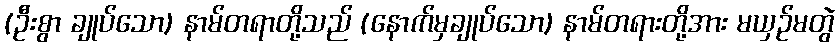
(ဦးစွာ ချုပ်သော) နာမ်တရာတို့သည် (နောက်မှချုပ်သော) နာမ်တရားတို့အား မယှဉ်မတွဲ